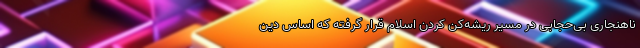
ناهنجاری بی‌حجابی در مسیر ریشه‌کن کردن اسلام قرار گرفته که اساس دین